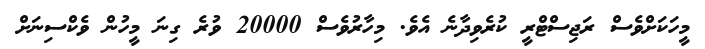
މީހަކަށްވެސް ރަޖިސްޓްރީ ކުރެވިދާނެ އެވެ. މިހާރުވެސް 20000 ވުރެ ގިނަ މީހުން ވެކްސިނަށް